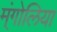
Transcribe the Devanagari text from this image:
म्ंगोलिया